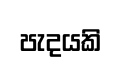
පැදයකි